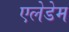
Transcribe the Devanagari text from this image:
एलेडेम